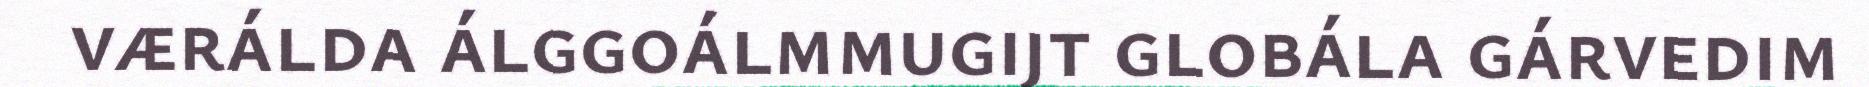
værálda álggoálmmugijt globála gárvedim